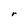
Character: r